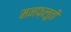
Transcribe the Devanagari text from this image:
मनफ़लूती